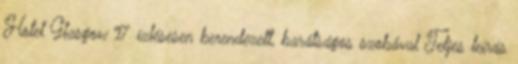
Hotel Glasgow 17 ízlésesen berendezett, barátságos szobával Teljes leírás